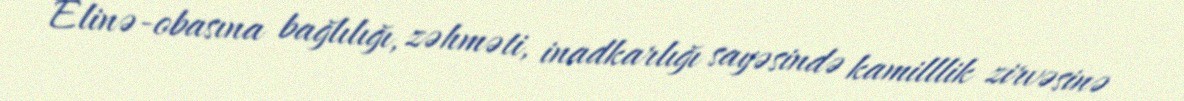
Elinə-obasına bağlılığı, zəhməti, inadkarlığı sayəsində kamilllik zirvəsinə